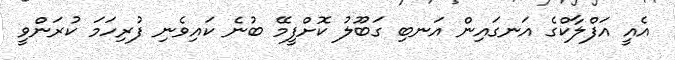
އެއީ އަފްލާކްގެ އަނގައިން އަނބި ގަބޫލު ކޮށްފީމޭ ބުނެ ކައިވެނި ފުރިހަމަ ކުރަންވީ